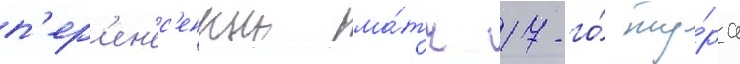
п'ер'ен'ес'енныи ма́тч 17-го́ ту́ра